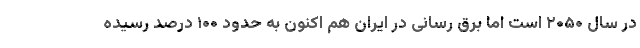
در سال ۲۰۵۰ است اما برق رسانی در ایران هم اکنون به حدود ۱۰۰ درصد رسیده